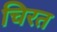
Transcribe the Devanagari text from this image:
चिरत